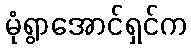
မုံရွာအောင်ရှင်က